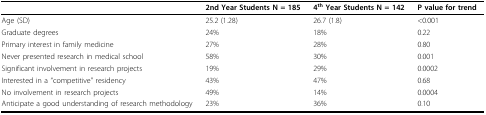
<table><thead><tr><td></td><td><b>2nd Year Students N = 185</b></td><td><b>4<sup>th </sup>Year Students N = 142</b></td><td><b>P value for trend</b></td></tr></thead><tbody><tr><td>Age (SD)</td><td>25.2 (1.28)</td><td>26.7 (1.8)</td><td>&lt;0.001</td></tr><tr><td>Graduate degrees</td><td>24%</td><td>18%</td><td>0.22</td></tr><tr><td>Primary interest in family medicine</td><td>27%</td><td>28%</td><td>0.80</td></tr><tr><td>Never presented research in medical school</td><td>58%</td><td>30%</td><td>0.001</td></tr><tr><td>Significant involvement in research projects</td><td>19%</td><td>29%</td><td>0.0002</td></tr><tr><td>Interested in a &quot;competitive&quot; residency</td><td>43%</td><td>47%</td><td>0.68</td></tr><tr><td>No involvement in research projects</td><td>49%</td><td>14%</td><td>0.0004</td></tr><tr><td>Anticipate a good understanding of research methodology</td><td>23%</td><td>36%</td><td>0.10</td></tr></tbody></table>